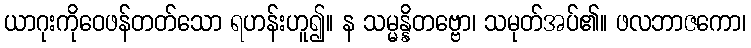
ယာဂုးကိုဝေဖန်တတ်သော ရဟန်းဟူ၍။ န သမ္မန္နိတဗ္ဗော၊ သမုတ်အပ်၏။ ဖလဘာဇကော၊